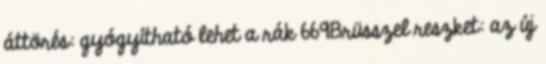
áttörés: gyógyítható lehet a rák 669Brüsszel reszket: az új